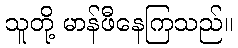
သူတို့ မာန်ဖီနေကြသည်။